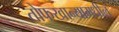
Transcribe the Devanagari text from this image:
तोफखान्यामधील